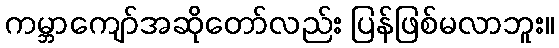
ကမ္ဘာကျော်အဆိုတော်လည်း ပြန်ဖြစ်မလာဘူး။